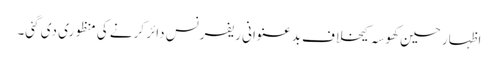
اظہار حسین کھوسہ کیخلاف بدعنوانی ریفرنس دائر کرنے کی منظوری دی گئی۔